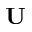
\mathbf { U }